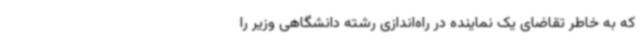
که به خاطر تقاضای یک نماینده در راه‌اندازی رشته دانشگاهی وزیر را